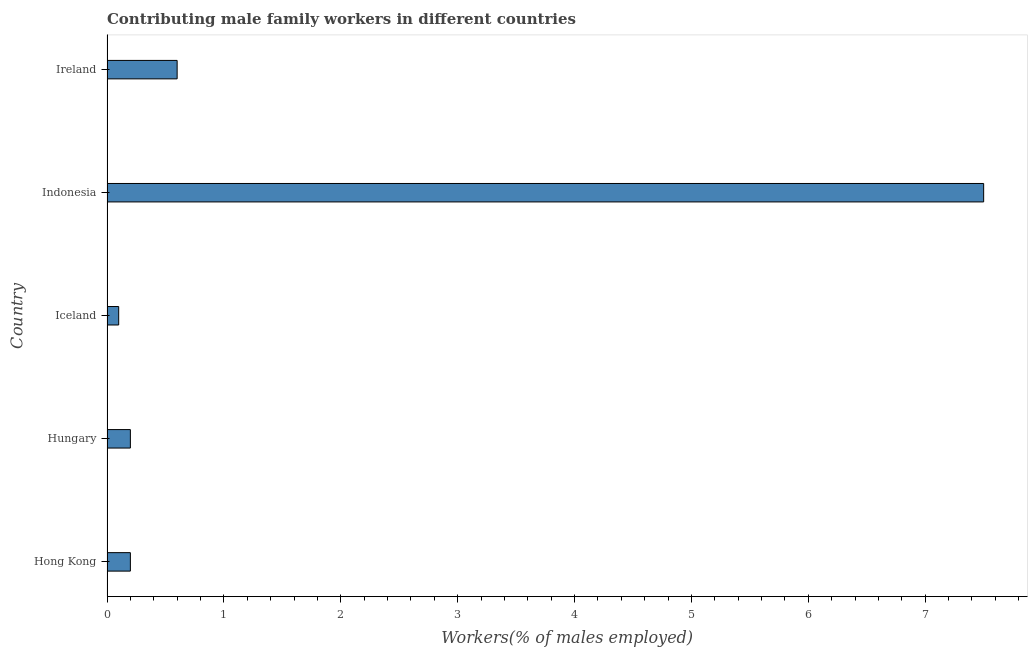
| Country | Contributing family workers |
 | --- | --- |
 | Hong Kong | 0.2 |
 | Hungary | 0.2 |
 | Iceland | 0.1 |
 | Indonesia | 7.5 |
 | Ireland | 0.6 |